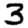
Digit: 3